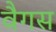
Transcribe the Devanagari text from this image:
वैगस